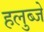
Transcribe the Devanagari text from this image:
हलुब्जे